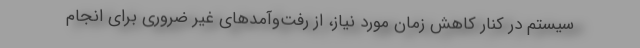
سیستم در کنار کاهش زمان مورد نیاز، از رفت‌وآمدهای غیر ضروری برای انجام